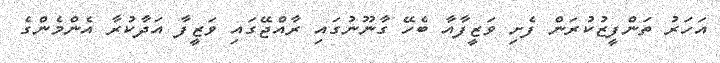
އަހަރު ތަންފީޒުކުރަން ފެށި ވަޒީފާއާ ބެހޭ ގާނޫނުގައި ރާއްޖޭގައި ވަޒީފާ އަދާކުރާ އެންމެންގެ